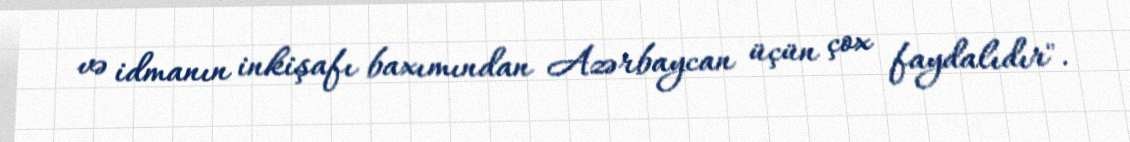
və idmanın inkişafı baxımından Azərbaycan üçün çox faydalıdır".